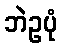
ဘဲဥပုံ